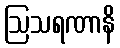
ဩသရဏာနိ